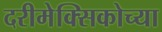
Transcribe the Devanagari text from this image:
दरीमेक्सिकोच्या